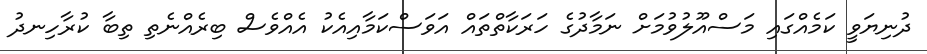
ދުނިޔަވީ ކަމެއްގައި މަސްއޫލުވުމަށް ނަމާދުގެ ހަރަކާތްތައް އަވަސްކަމާއިއެކު އެއްވެސް ބިރެއްނެތި ތިބާ ކުރާހިނދު